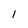
Character: I